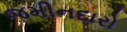
જમીનદારો